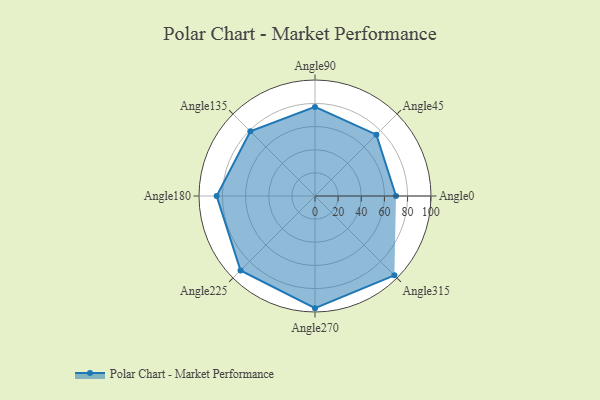
{"axis": {"x": "Angle", "y": "Radius"}, "legend": [""], "data": [{"x": "Angle0", "y": 70.0, "type": ""}, {"x": "Angle45", "y": 75.0, "type": ""}, {"x": "Angle90", "y": 77.0, "type": ""}, {"x": "Angle135", "y": 79.0, "type": ""}, {"x": "Angle180", "y": 85.0, "type": ""}, {"x": "Angle225", "y": 91.0, "type": ""}, {"x": "Angle270", "y": 97.0, "type": ""}, {"x": "Angle315", "y": 97.0, "type": ""}]}